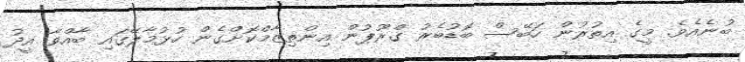
ބުނެއެވެ. މީގެ އިތުރުން ހަބޭސް ބޮޑުބެރު ގްރޫޕުން އިންތިޒާމްކޮށްގެން ހުޅުމާލޭގައި ބާއްވާ އީދު